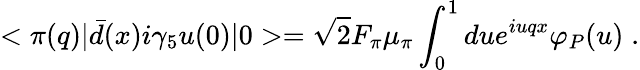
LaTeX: <\pi(q)|{\bar{d}}(x)i\gamma_{5}u(0)|0>=\sqrt{2}F_{\pi}\mu_{\pi}\int_{0}^{1}due^{iuqx}\varphi_{P}(u)\; .